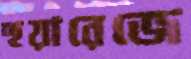
হুয়ারেজে